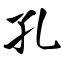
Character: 孔